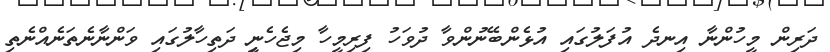
ދަރިން މީހުންނާ އިނދެ އުފަލުގައި އުޅެންބޭނުންވާ ދުވަހު ފިރިމީހާ މިޖެހެނިީ ދަތިހާލުގައި ވަަންނާނެތަނެއްނެތި